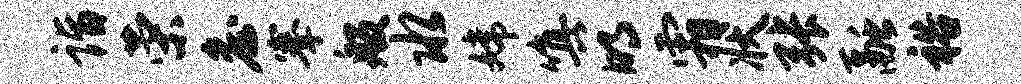
诣荣詹搴般水嫦嗔明霜状张融裕